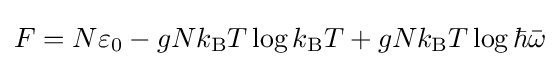
F=N\varepsilon _{0}-gNk_{\rm {B}}T\log k_{\rm {B}}T+gNk_{\rm {B}}T\log \hbar {\bar {\omega }}